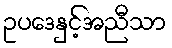
ဥပဒေနှင့်အညီသာ